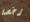
رخصة